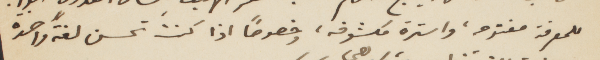
للمعرفة مفتوحه، واسترة مكشوفة، وخصوصًا اذا كنت تحسن لغة واحدة